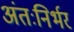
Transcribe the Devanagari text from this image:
अंतःनिर्भर